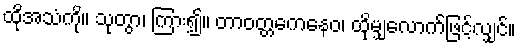
ထိုအသံကို။ သုတွာ၊ ကြား၍။ တာဝတ္တကေနေဝ၊ ထိုမျှလောက်ဖြင့်လျှင်။